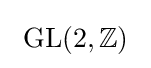
\ \mathrm {GL} (2,\mathbb {Z} )~